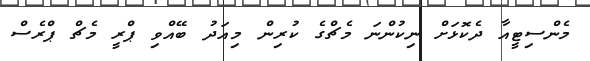
މެންސިޓީއާ ދެކޮޅަށް ނިކުންނަ މެޗްގެ ކުރިން މިއަދު ބޭއްވި ޕްރީ މެޗް ޕްރެސް